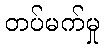
တပ်မက်မှု